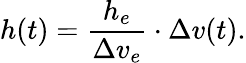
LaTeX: h(t)=\frac{h_{e}}{\Delta v_{e}}\cdot\Delta v(t).